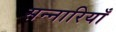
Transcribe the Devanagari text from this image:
सन्नारियाँ